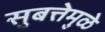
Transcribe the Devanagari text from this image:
सुबत्तेमुळे